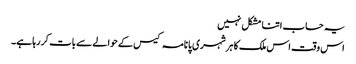
یہ حساب اتنا مشکل نہیں
اس وقت اس ملک کا ہر شہری پانامہ کیس کے حوالے سے بات کر رہا ہے۔